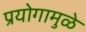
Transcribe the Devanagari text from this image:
प्रयोगामुळे